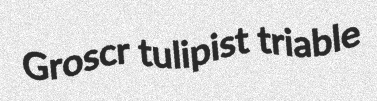
Groscr tulipist triable